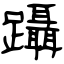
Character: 躡